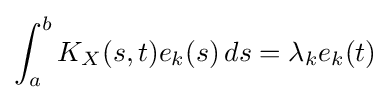
\int _{a}^{b}K_{X}(s,t)e_{k}(s)\,ds=\lambda _{k}e_{k}(t)